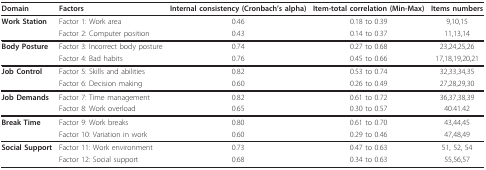
| Domain | Factors | Internal consistency (Cronbach's alpha) | Item-total correlation (Min-Max) | Items numbers |
 | --- | --- | --- | --- | --- |
 | Work Station | Factor 1: Work area | 0.46 | 0.18 to 0.39 | 9,10,15 |
 |  | Factor 2: Computer position | 0.43 | 0.14 to 0.37 | 11,13,14 |
 | Body Posture | Factor 3: Incorrect body posture | 0.74 | 0.27 to 0.68 | 23,24,25,26 |
 |  | Factor 4: Bad habits | 0.76 | 0.45 to 0.66 | 17,18,19,20,21 |
 | Job Control | Factor 5: Skills and abilities | 0.82 | 0.53 to 0.74 | 32,33,34,35 |
 |  | Factor 6: Decision making | 0.60 | 0.26 to 0.49 | 27,28,29,30 |
 | Job Demands | Factor 7: Time management | 0.82 | 0.61 to 0.72 | 36,37,38,39 |
 |  | Factor 8: Work overload | 0.65 | 0.30 to 0.57 | 40.41.42 |
 | Break Time | Factor 9: Work breaks | 0.80 | 0.61 to 0.70 | 43,44,45 |
 |  | Factor 10: Variation in work | 0.60 | 0.29 to 0.46 | 47,48,49 |
 | Social Support | Factor 11: Work environment | 0.73 | 0.47 to 0.63 | 51, 52, 54 |
 |  | Factor 12: Social support | 0.68 | 0.34 to 0.63 | 55,56,57 |